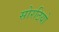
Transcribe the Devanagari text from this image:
सोरठियो